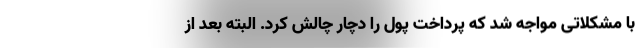
با مشکلاتی مواجه شد که پرداخت پول را دچار چالش کرد. البته بعد از